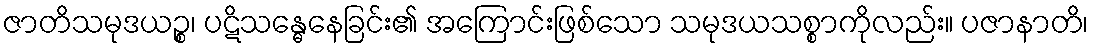
ဇာတိသမုဒယဉ္စ၊ ပဋိသန္ဓေနေခြင်း၏ အကြောင်းဖြစ်သော သမုဒယသစ္စာကိုလည်း။ ပဇာနာတိ၊